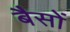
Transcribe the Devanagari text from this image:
बैसों